Source: Handwritten
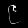
Digit: ၉ (9)